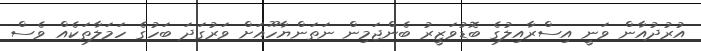
އުުރުދުއާން ވަނީ އިސްރާއިލުގެ ބޮޑުވަޒީރު ބެންޖަމިން ނަތަންޔާހޫއަށް ވަރުގަދަ ބަހުގެ ހަމަލާތަކެއް ވެސް